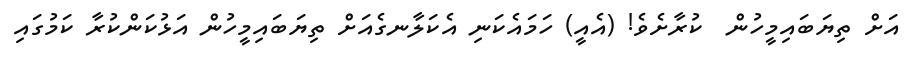
އަށް ތިޔަބައިމީހުން  ކުރާށެވެ! (އެއީ) ހަމައެކަނި އެކަލާނގެއަށް ތިޔަބައިމީހުން އަޅުކަންކުރާ ކަމުގައި